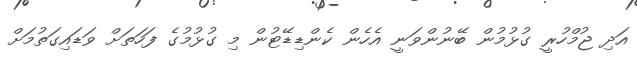
އަދި ޖުމްހުރީ ގުޅުމުން ބޭނުންވަނީ އެހެން ކެންޑިޑޭޓުން މި ގުޅުމުގެ ފަހަތަށް ވަޑައިގަތުމަށް